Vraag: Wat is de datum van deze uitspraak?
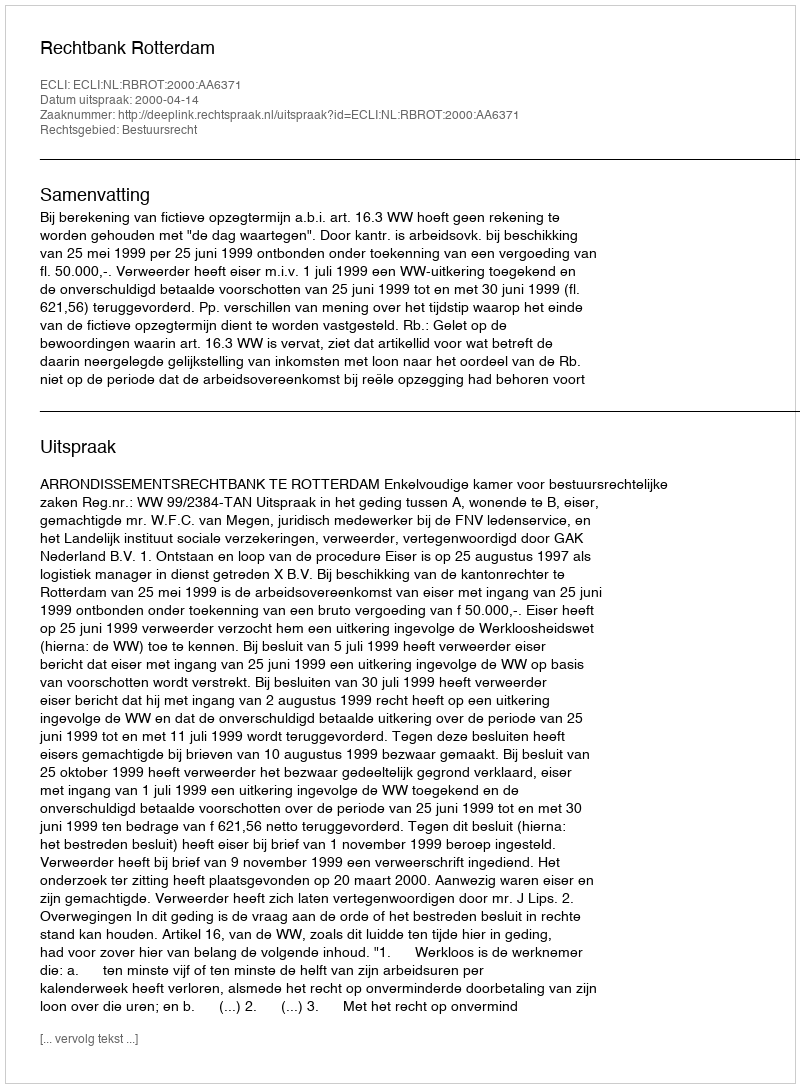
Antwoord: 2000-04-14